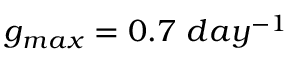
g _ { m a x } = 0 . 7 ~ d a y ^ { - 1 }